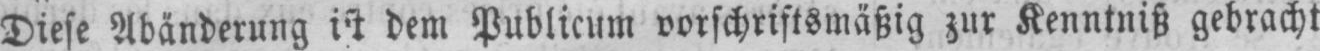
dem Publicum vorschriftsmäßig zur Kenntniß gebracht